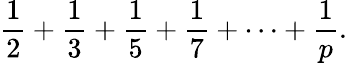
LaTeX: {\frac{1}{2}}+{\frac{1}{3}}+{\frac{1}{5}}+{\frac{1}{7}}+\cdots+{\frac{1}{p}}.